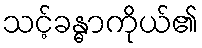
သင့်ခန္ဓာကိုယ်၏